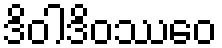
ဒိဝါဒိဝဿေဝ